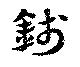
銭